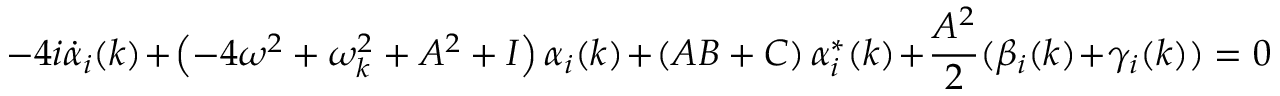
- 4 i \dot { \alpha } _ { i } ( k ) + \left( - 4 \omega ^ { 2 } + \omega _ { k } ^ { 2 } + A ^ { 2 } + { \cal I } \right) \alpha _ { i } ( k ) + \left( A B + { \cal C } \right) \alpha _ { i } ^ { * } ( k ) + { \frac { A ^ { 2 } } { 2 } } ( \beta _ { i } ( k ) + \gamma _ { i } ( k ) ) = 0